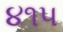
૪૧૫